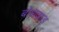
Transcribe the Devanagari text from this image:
बोधवाड़